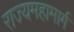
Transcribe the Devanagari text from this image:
राज्यमहामार्ग